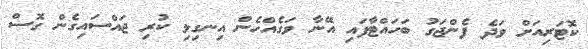
ކޮޓަރިއަށް ވަދެ ފެންޖަގު ބަހައްޓާފައި އޭނާ ވަގެއްހެން އިނގިލި ކުރި ޖައްސައިގެން ގޮސް